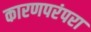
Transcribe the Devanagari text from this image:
कारणपरंपरा